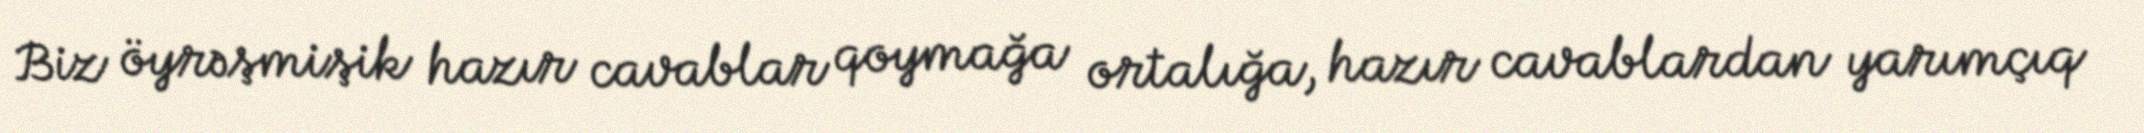
Biz öyrəşmişik hazır cavablar qoymağa ortalığa, hazır cavablardan yarımçıq